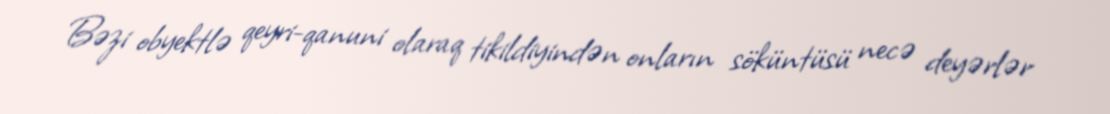
Bəzi obyektlə qeyri-qanuni olaraq tikildiyindən onların söküntüsü necə deyərlər